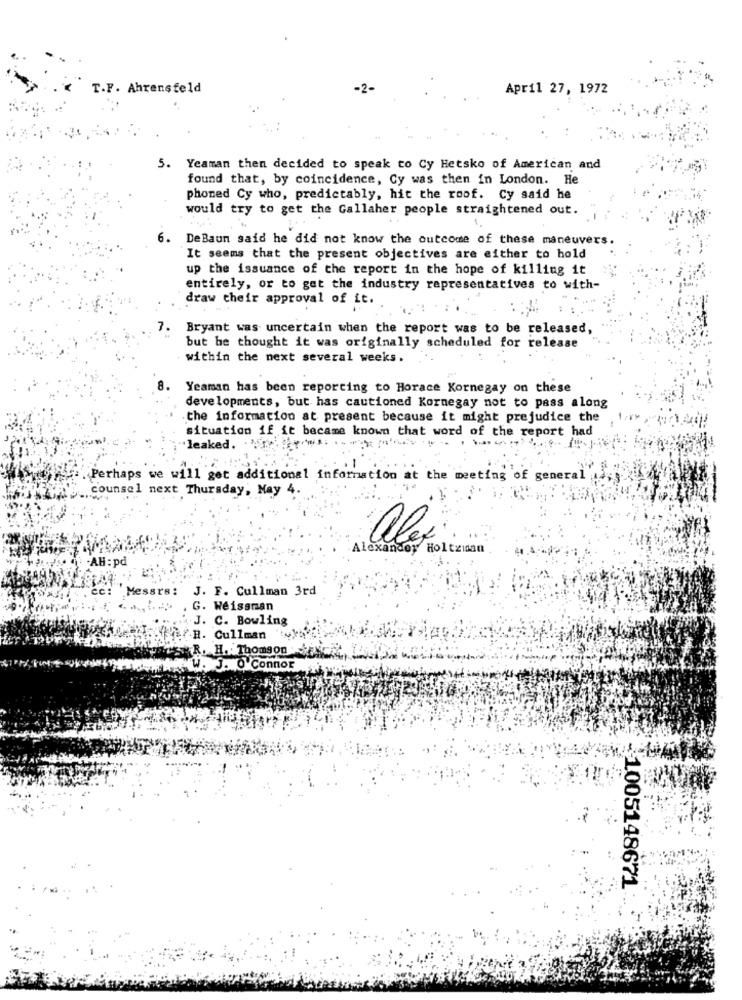
T.F. Ahrensfeld
April 27, 1972
5. Yeaman then decided to speak to Cy Hetsko of American and
found that, by coincidence, Cy was then in London. He
phoned Cy who, predictably, hit the roof. Cy said he
would try to get the Gallaher people straightened out.
6.
DeBaun said he did not know the outcome of these maneuvers.
It seems that the present objectives are either to hold
up the issuance of the report in the hope of killing it
entirely, or to get the industry representatives to with-
draw their approval of it.
7. Bryant was uncertain when the report was to be released,
but he thought it was originally scheduled for release
within the next several weeks.
Yeaman has been reporting to Horace Kornegay on these
developments, but has cautioned Kornegay not to pass along
the information at present because it might prejudice the
situation if it became known that word of the report had
leaked.
. Perhaps we will get additional information at the meeting of g
counsel next Thursday, May 4.
alex
Holtzian
AH : pd
srs :
J. F. Cullman 3rd
G. Weissman
.J. C. Bowling
FR. Cullman
Thomson
. O Connor
-1005148671